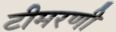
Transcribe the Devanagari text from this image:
टीमरणी